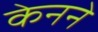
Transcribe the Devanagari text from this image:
केनने